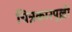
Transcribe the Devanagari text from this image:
चित्रकारपुल्ली